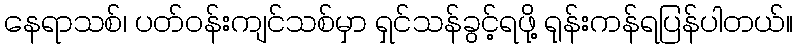
နေရာသစ်၊ ပတ်ဝန်းကျင်သစ်မှာ ရှင်သန်ခွင့်ရဖို့ ရုန်းကန်ရပြန်ပါတယ်။